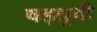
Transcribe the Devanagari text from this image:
षड्ध्रुवी